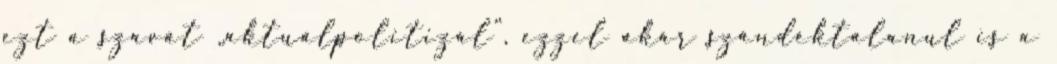
ezt a szavát „aktuálpolitizál”, ezzel akár szándéktalanul is a